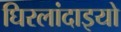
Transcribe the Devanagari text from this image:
घिरलांदाइयो